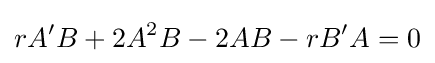
rA'B+2A^{2}B-2AB-rB'A=0